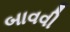
બાવવી